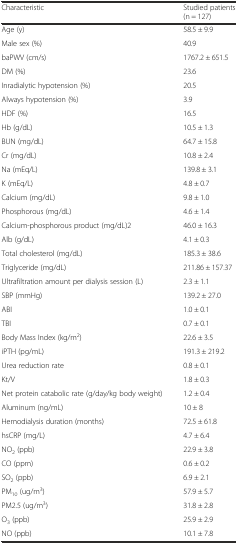
| Characteristic | Studied patients (n = 127) |
 | --- | --- |
 | Age (y) | 58.5 ± 9.9 |
 | Male sex (%) | 40.9 |
 | baPWV (cm/s) | 1767.2 ± 651.5 |
 | DM (%) | 23.6 |
 | Inradialytic hypotension (%) | 20.5 |
 | Always hypotension (%) | 3.9 |
 | HDF (%) | 16.5 |
 | Hb (g/dL) | 10.5 ± 1.3 |
 | BUN (mg/dL) | 64.7 ± 15.8 |
 | Cr (mg/dL) | 10.8 ± 2.4 |
 | Na (mEq/L) | 139.8 ± 3.1 |
 | K (mEq/L) | 4.8 ± 0.7 |
 | Calcium (mg/dL) | 9.8 ± 1.0 |
 | Phosphorous (mg/dL) | 4.6 ± 1.4 |
 | Calcium-phosphorous product (mg/dL)2 | 46.0 ± 16.3 |
 | Alb (g/dL) | 4.1 ± 0.3 |
 | Total cholesterol (mg/dL) | 185.3 ± 38.6 |
 | Triglyceride (mg/dL) | 211.86 ± 157.37 |
 | Ultrafiltration amount per dialysis session (L) | 2.3 ± 1.1 |
 | SBP (mmHg) | 139.2 ± 27.0 |
 | ABI | 1.0 ± 0.1 |
 | TBI | 0.7 ± 0.1 |
 | Body Mass Index (kg/m2) | 22.6 ± 3.5 |
 | iPTH (pg/mL) | 191.3 ± 219.2 |
 | Urea reduction rate | 0.8 ± 0.1 |
 | Kt/V | 1.8 ± 0.3 |
 | Net protein catabolic rate (g/day/kg body weight) | 1.2 ± 0.4 |
 | Aluminum (ng/mL) | 10 ± 8 |
 | Hemodialysis duration (months) | 72.5 ± 61.8 |
 | hsCRP (mg/L) | 4.7 ± 6.4 |
 | NO2 (ppb) | 22.9 ± 3.8 |
 | CO (ppm) | 0.6 ± 0.2 |
 | SO2 (ppb) | 6.9 ± 2.1 |
 | PM10 (ug/m3) | 57.9 ± 5.7 |
 | PM2.5 (ug/m3) | 31.8 ± 2.8 |
 | O3 (ppb) | 25.9 ± 2.9 |
 | NO (ppb) | 10.1 ± 7.8 |